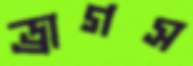
ড্রাগস